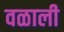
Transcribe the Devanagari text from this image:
वळाली